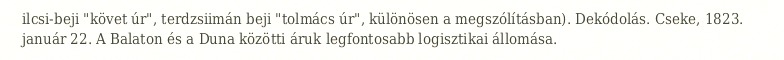
ilcsi-beji "követ úr", terdzsiimán beji "tolmács úr", különösen a megszólításban). Dekódolás. Cseke, 1823. január 22. A Balaton és a Duna közötti áruk legfontosabb logisztikai állomása.